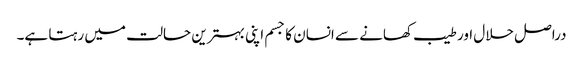
دراصل حلال اور طیب کھانے سے انسان کا جسم اپنی بہترین حالت میں رہتا ہے۔